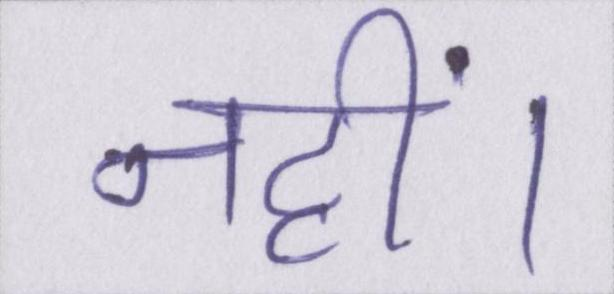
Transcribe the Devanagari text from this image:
नहीं।